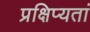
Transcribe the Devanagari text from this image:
प्रक्षिप्यतां